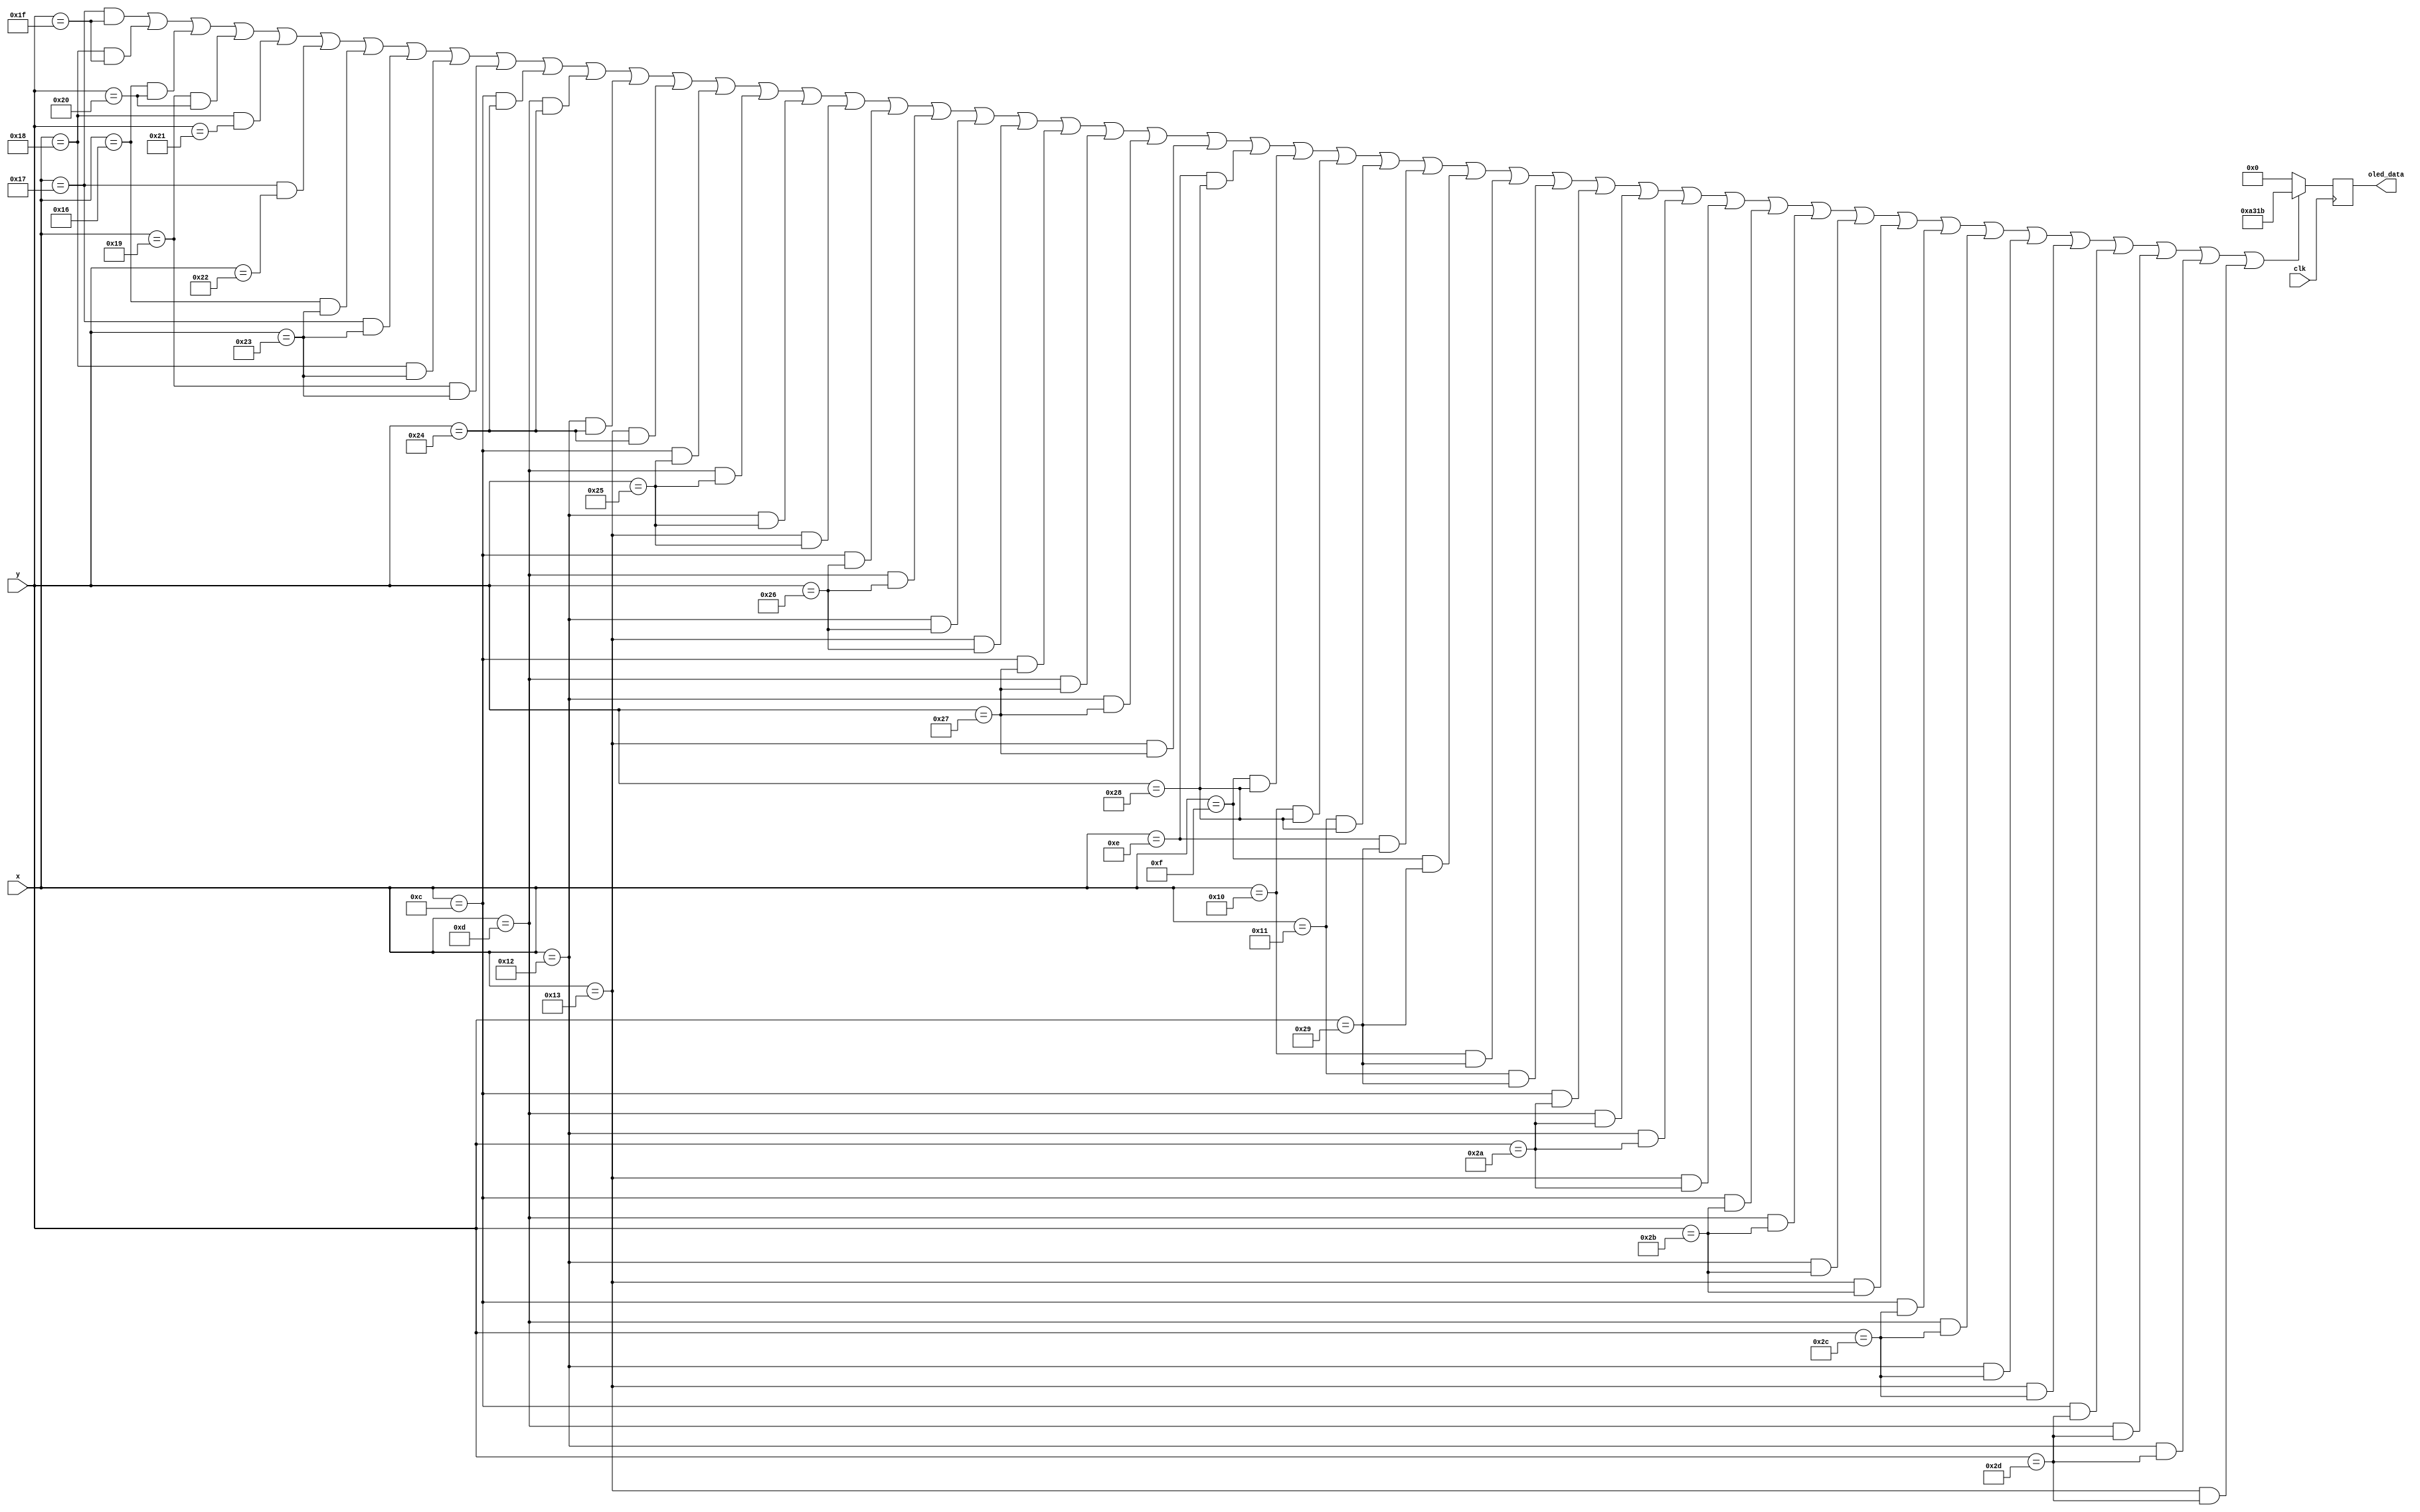
`timescale 1ns / 1ps
//////////////////////////////////////////////////////////////////////////////////
// Company: 
// Engineer: 
// 
// Design Name: 
// Module Name: x2_constant
// Project Name: 
// Target Devices: 
// Tool Versions: 
// Description: 
// 
// Dependencies: 
// 
// Revision:
// Revision 0.01 - File Created
// Additional Comments:
// 
//////////////////////////////////////////////////////////////////////////////////


module x2_constant(
    input clk,
    input [6:0] x, y,
    output reg [15:0] oled_data 
    );
    parameter [15:0] white = 16'b11111_111111_11111;
    parameter [15:0] red = 16'b11111_000000_00000;
    parameter [15:0] blue = 16'b10100_011000_11011;

    always @(posedge clk) begin
        if ((x ==  23 && y ==  31 ) || 
            (x ==  24 && y ==  31 ) || 
            (x ==  22 && y ==  32 ) || 
            (x ==  25 && y ==  32 ) || 
            (x ==  24 && y ==  33 ) || 
            (x ==  23 && y ==  34 ) || 
            (x ==  22 && y ==  35 ) || 
            (x ==  23 && y ==  35 ) || 
            (x ==  24 && y ==  35 ) || 
            (x ==  25 && y ==  35 ) || 
            (x ==  12 && y ==  36 ) || 
            (x ==  13 && y ==  36 ) || 
            (x ==  18 && y ==  36 ) || 
            (x ==  19 && y ==  36 ) || 
            (x ==  12 && y ==  37 ) || 
            (x ==  13 && y ==  37 ) || 
            (x ==  18 && y ==  37 ) || 
            (x ==  19 && y ==  37 ) || 
            (x ==  12 && y ==  38 ) || 
            (x ==  13 && y ==  38 ) || 
            (x ==  18 && y ==  38 ) || 
            (x ==  19 && y ==  38 ) || 
            (x ==  12 && y ==  39 ) || 
            (x ==  13 && y ==  39 ) || 
            (x ==  18 && y ==  39 ) || 
            (x ==  19 && y ==  39 ) || 
            (x ==  14 && y ==  40 ) || 
            (x ==  15 && y ==  40 ) || 
            (x ==  16 && y ==  40 ) || 
            (x ==  17 && y ==  40 ) || 
            (x ==  14 && y ==  41 ) || 
            (x ==  15 && y ==  41 ) || 
            (x ==  16 && y ==  41 ) || 
            (x ==  17 && y ==  41 ) || 
            (x ==  12 && y ==  42 ) || 
            (x ==  13 && y ==  42 ) || 
            (x ==  18 && y ==  42 ) || 
            (x ==  19 && y ==  42 ) || 
            (x ==  12 && y ==  43 ) || 
            (x ==  13 && y ==  43 ) || 
            (x ==  18 && y ==  43 ) || 
            (x ==  19 && y ==  43 ) || 
            (x ==  12 && y ==  44 ) || 
            (x ==  13 && y ==  44 ) || 
            (x ==  18 && y ==  44 ) || 
            (x ==  19 && y ==  44 ) || 
            (x ==  12 && y ==  45 ) || 
            (x ==  13 && y ==  45 ) || 
            (x ==  18 && y ==  45 ) || 
            (x ==  19 && y ==  45 )) oled_data <= blue;
            else oled_data <= 0;
    end

endmodule